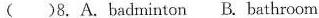
( )8. A.badminton B. bathroom